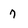
Character: 7